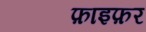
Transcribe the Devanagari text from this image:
फ़ाइफ़र